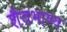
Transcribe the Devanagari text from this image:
शैवभाष्य